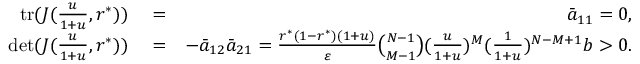
\begin{array} { r l r } { \mathrm { t r } ( J ( \frac { u } { 1 + u } , r ^ { * } ) ) } & { { } = } & { \bar { a } _ { 1 1 } = 0 , } \\ { \mathrm { d e t } ( J ( \frac { u } { 1 + u } , r ^ { * } ) ) } & { { } = } & { - \bar { a } _ { 1 2 } \bar { a } _ { 2 1 } = \frac { r ^ { * } ( 1 - r ^ { * } ) ( 1 + u ) } { \varepsilon } \binom { N - 1 } { M - 1 } ( \frac { u } { 1 + u } ) ^ { M } ( \frac { 1 } { 1 + u } ) ^ { N - M + 1 } b > 0 . } \end{array}